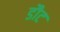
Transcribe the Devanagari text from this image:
डौट